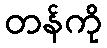
တန်ကို